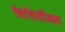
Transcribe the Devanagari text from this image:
एंथ्राॉपोलॉजिकल